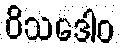
ဝိသဒေါဝ